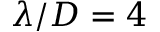
\lambda / D = 4